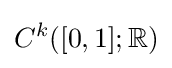
C^{k}([0,1];\mathbb {R} )